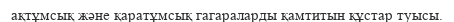
ақтұмсық және қаратұмсық гагараларды қамтитын құстар туысы.